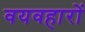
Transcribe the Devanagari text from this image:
वयवहारों